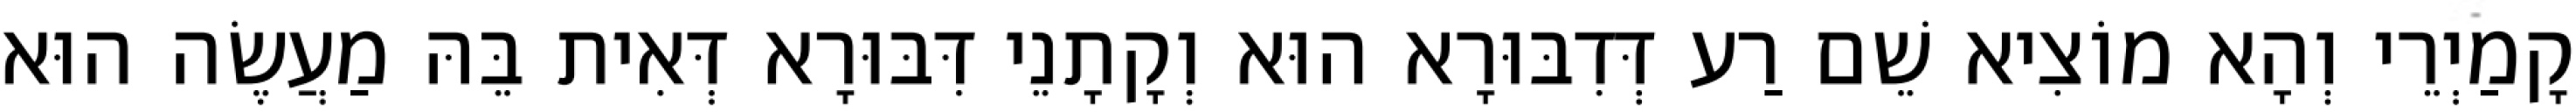
קָמַיְרֵי וְהָא מוֹצִיא שֵׁם רַע דְּדִבּוּרָא הוּא וְקָתָנֵי דִּבּוּרָא דְּאִית בֵּהּ מַעֲשֶׂה הוּא